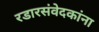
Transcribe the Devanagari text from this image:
रडारसंवेदकांना